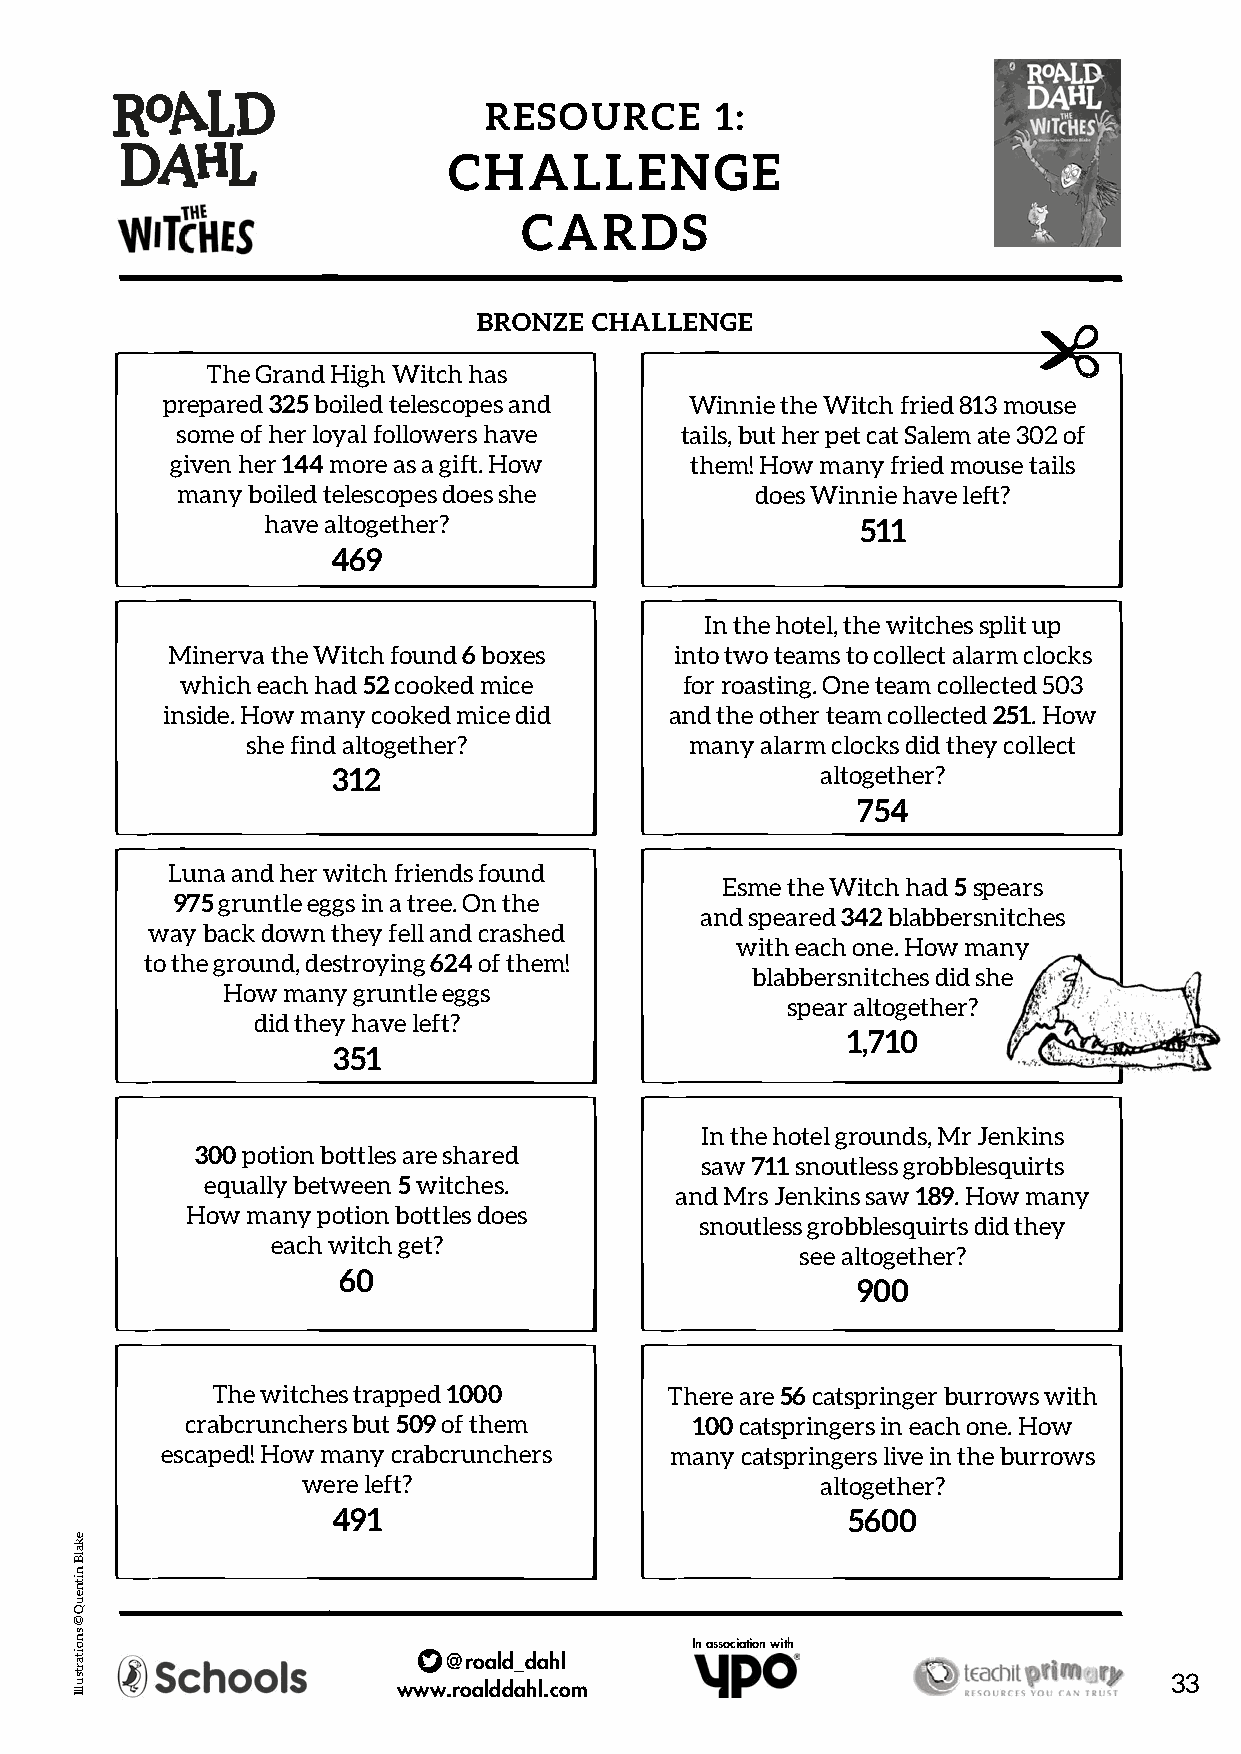
RESOURCE       1:
 CHALLENGE
 CARDS
 BRONZE CHALLENGE
 The Grand High Witch has
 prepared 325 boiled telescopes and Winnie the Witch fried 813 mouse
 some of her loyal followers have tails, but her pet cat Salem ate 302 of
 given her 144 more as a gift. How  them! How many fried mouse tails
 many boiled telescopes does she       does Winnie have left?
 have altogether?                        511
 469
 In the hotel, the witches split up
 Minerva the Witch found 6 boxes   into two teams to collect alarm clocks
 which each had 52 cooked mice    for roasting. One team collected 503
 inside. How many cooked mice did and the other team collected 251. How
 she find altogether?          many alarm clocks did they collect
 312                             altogether?
 754
 Luna and her witch friends found
 Esme the Witch had 5 spears
 975 gruntle eggs in a tree. On the
 and speared 342 blabbersnitches
 way back down they fell and crashed
 with each one. How many
 to the ground, destroying 624 of them!
 blabbersnitches did she
 How many gruntle eggs
 spear altogether?
 did they have left?
 1,710
 351
 In the hotel grounds, Mr Jenkins
 300 potion bottles are shared
 saw 711 snoutless grobblesquirts
 equally between 5 witches.
 and Mrs Jenkins saw 189. How many
 How many potion bottles does
 snoutless grobblesquirts did they
 each witch get?
 see altogether?
 60
 900
 The witches trapped 1000      There are 56 catspringer burrows with
 crabcrunchers but 509 of them     100 catspringers in each one. How
 escaped! How many crabcrunchers  many catspringers live in the burrows
 were left?                        altogether?
 491                               5600
 In association with
 @roald_dahl
 33
 www.roalddahl.com
 ekalB
 nitneuQ
 ©
 snoitartsullI